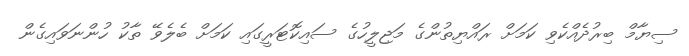
ސިޔާމް ބިރުދެއްކެވި ކަމަށް ރައްޔިތުންގެ މަޖިލީހުގެ ސައިކޮޓަރީގައި ކަމަށް ބެލެވޭ ތާކު ހުންނަވައިގެން